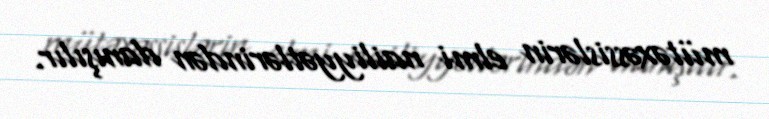
mütəxəssislərin elmi nailiyyətlərindən danışılır.